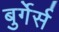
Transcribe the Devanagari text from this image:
बुर्गेर्स